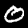
Label: 0